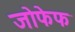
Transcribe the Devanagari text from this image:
जोफेफ